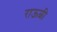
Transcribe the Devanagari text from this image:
राऊळी